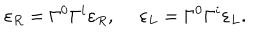
\varepsilon _ { R } = \Gamma ^ { 0 } \Gamma ^ { i } \varepsilon _ { R } , \ \varepsilon _ { L } = \Gamma ^ { 0 } \Gamma ^ { i } \varepsilon _ { L } .